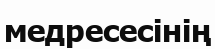
медресесінің